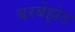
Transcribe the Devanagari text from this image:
बरबेझेट